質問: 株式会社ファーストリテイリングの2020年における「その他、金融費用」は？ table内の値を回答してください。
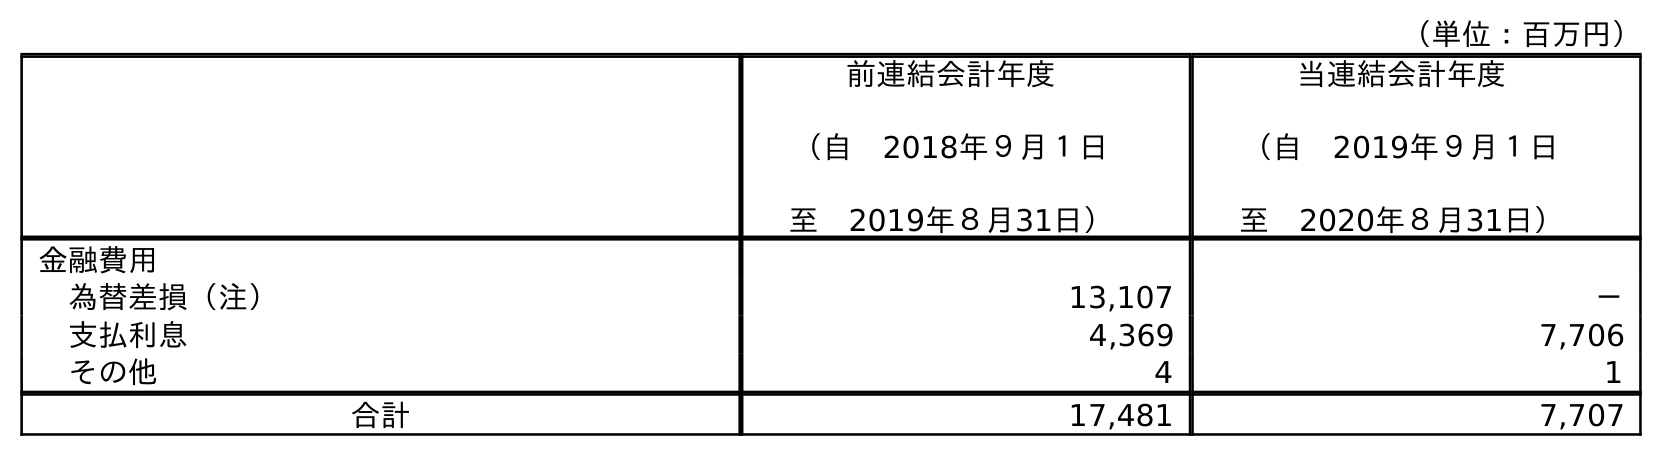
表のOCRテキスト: （単位：百万円） 前連結会計年度 （自 2018年９月１日 至 2019年８月31日） 当連結会計年度 （自 2019年９月１日 至 2020年８月31日） 金融費用 為替差損（注） 13,107 － 支払利息 4,369 7,706 その他 4 1 合計 17,481 7,707
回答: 1